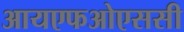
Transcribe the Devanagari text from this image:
आयएफओएससी